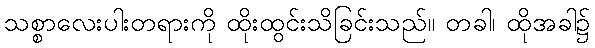
သစ္စာလေးပါးတရားကို ထိုးထွင်းသိခြင်းသည်။ တခါ၊ ထိုအခါ၌